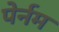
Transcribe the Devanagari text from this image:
पेर्नम